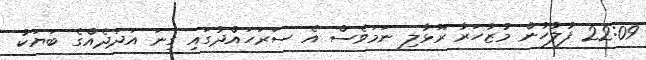
22:09 ފުލުހުން މުޒާހަރާ ރޫޅާލި ނަމަވެސް އެ ސަރަހައްދުގައި ގިނަ އަދަދެއްގެ ބަޔަކު